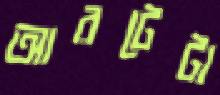
আরটেটা